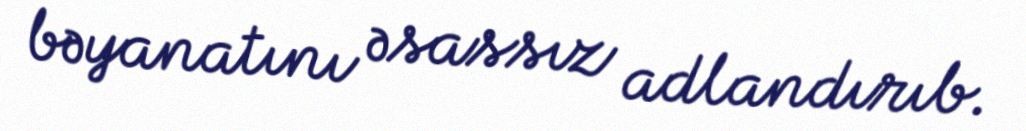
bəyanatını əsassız adlandırıb.